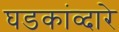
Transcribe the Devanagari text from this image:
घडकांव्दारे